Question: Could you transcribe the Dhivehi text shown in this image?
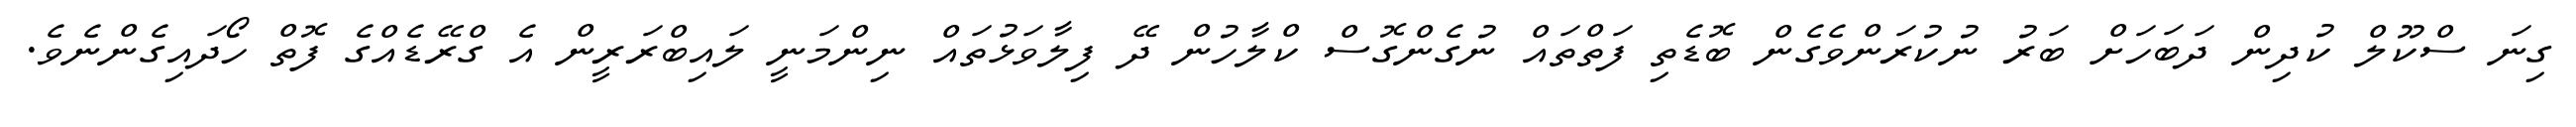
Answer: ގިނަ ސްކޫލް ކުދިން ދަބަހަށް ބަރު ނުކުރަންވެގެން ބޮޑެތި ފަތްތައް ނުގެންގޮސް ކްލާހުން ދޭ ފިލާވަޅުތައް ނިންމަނީ ލައިބްރަރީން އެ ގްރޭޑެއްގެ ފޮތް ހޯދައިގެންނެވެ.